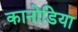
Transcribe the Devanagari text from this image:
कानोडिया